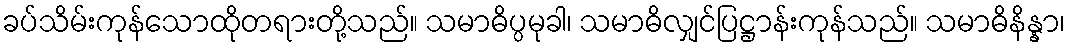
ခပ်သိမ်းကုန်သောထိုတရားတို့သည်။ သမာဓိပ္ပမုခါ၊ သမာဓိလျှင်ပြဋ္ဌာန်းကုန်သည်။ သမာဓိနိန္နာ၊